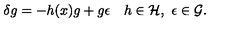
\delta g = - h ( x ) g + g \epsilon \quad h \in { \cal H } , \ \epsilon \in { \cal G } .